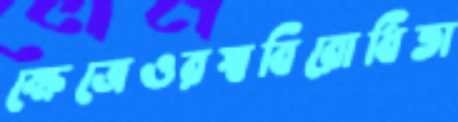
ক্ষেত্রেওরস্ববিরোধিতা